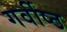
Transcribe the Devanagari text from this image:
गर्वीष्ठ